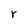
Character: r